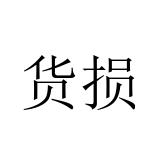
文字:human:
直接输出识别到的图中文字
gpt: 货损